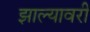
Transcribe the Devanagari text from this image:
झाल्यावरी